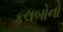
કલબોનો